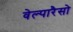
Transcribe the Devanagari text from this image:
वेल्पारैसो